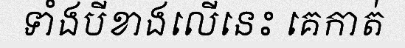
ទាំងបីខាងលើនេះ គេកាត់